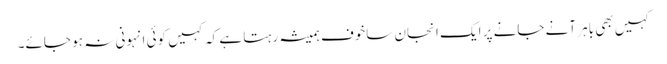
کہیں بھی باہر آنے جانے پر ایک انجان ساخوف ہمیشہ رہتا ہے کہ کہیں کوئی انہونی نہ ہو جائے۔